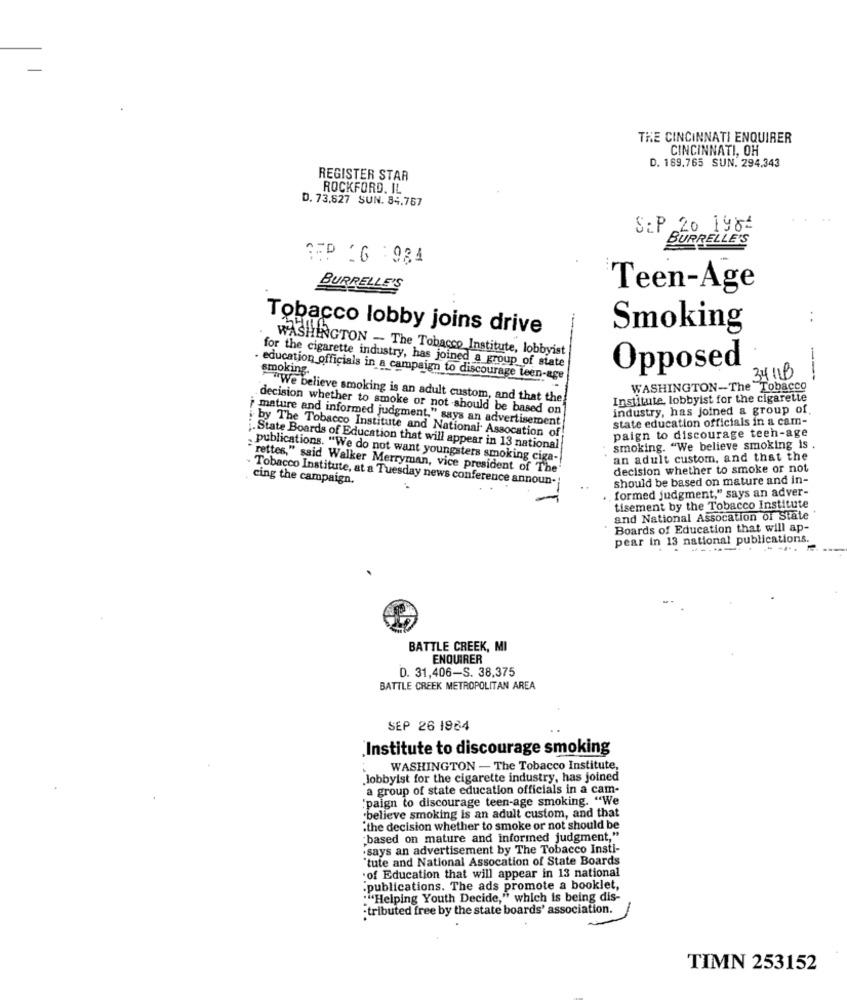
THE CINCINNATI ENQUIRER
CINCINNATI, OH
D. 169.765 SUN. 294.343
REGISTER STAR
ROCKFORD. IL
D. 73,827 SUN. 84.767
SEP 20 198-
BURRELLE'S
SEP 16 :984
BURRELLE'S
Teen-Age
..
Tobacco lobby joins drive
Smoking
WASHINGTON - The Tobacco Institute, lobbyist
for the cigarette industry, has joined a group of state
Opposed
education officials in a campaign to discourage teen-age
34 11B
---
WASHINGTON-The Tobacco
"We believe smoking is an adult custom, and that the
Institute, lobbyist for the cigarette
decision whether to smoke or not should be based on
industry, has joined a group of.
mature and informed judgment," says an advertisement
state education officials in a cam-
paign to discourage teen-age
by The Tobacco Institute and National Assocation of
.State Boards of Education that will appear in 13 national
smoking. "We believe smoking is .
publications. "We do not want youngsters smoking ciga-
an adult custom, and that the
rettes," said Walker Merryman, vice president of The
decision whether to smoke or not
- Tobacco Institute, at a Tuesday news conference announ-
cing the campaign.
should be based on mature and in-
formed judgment," says an adver-
tisement by the Tobacco Institute
and National Assocation of State
Boards of Education that will ap-
pear in 13 national publications.
BATTLE CREEK, MI
ENQUIRER
D. 31,406-S. 38,375
BATTLE CREEK METROPOLITAN AREA
SEP 26 1964
'Institute to discourage smoking
WASHINGTON - The Tobacco Institute,
lobbyist for the cigarette industry, has joined
a group of state education officials in a cam-
"paign to discourage teen-age smoking. "We
believe smoking is an adult custom, and that
"the decision whether to smoke or not should be
:based on mature and informed judgment,"
.says an advertisement by The Tobacco Insti-
"tute and National Assocation of State Boards
.of Education that will appear in 13 national
"publications. The ads promote a booklet,
:"Helping Youth Decide," which is being dis-
"tributed free by the state boards' association.
TIMN 253152